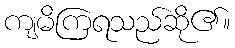
ကျမိကြရသည်ဆို၏။